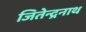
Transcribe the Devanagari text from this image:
जितेन्द्रनाथ